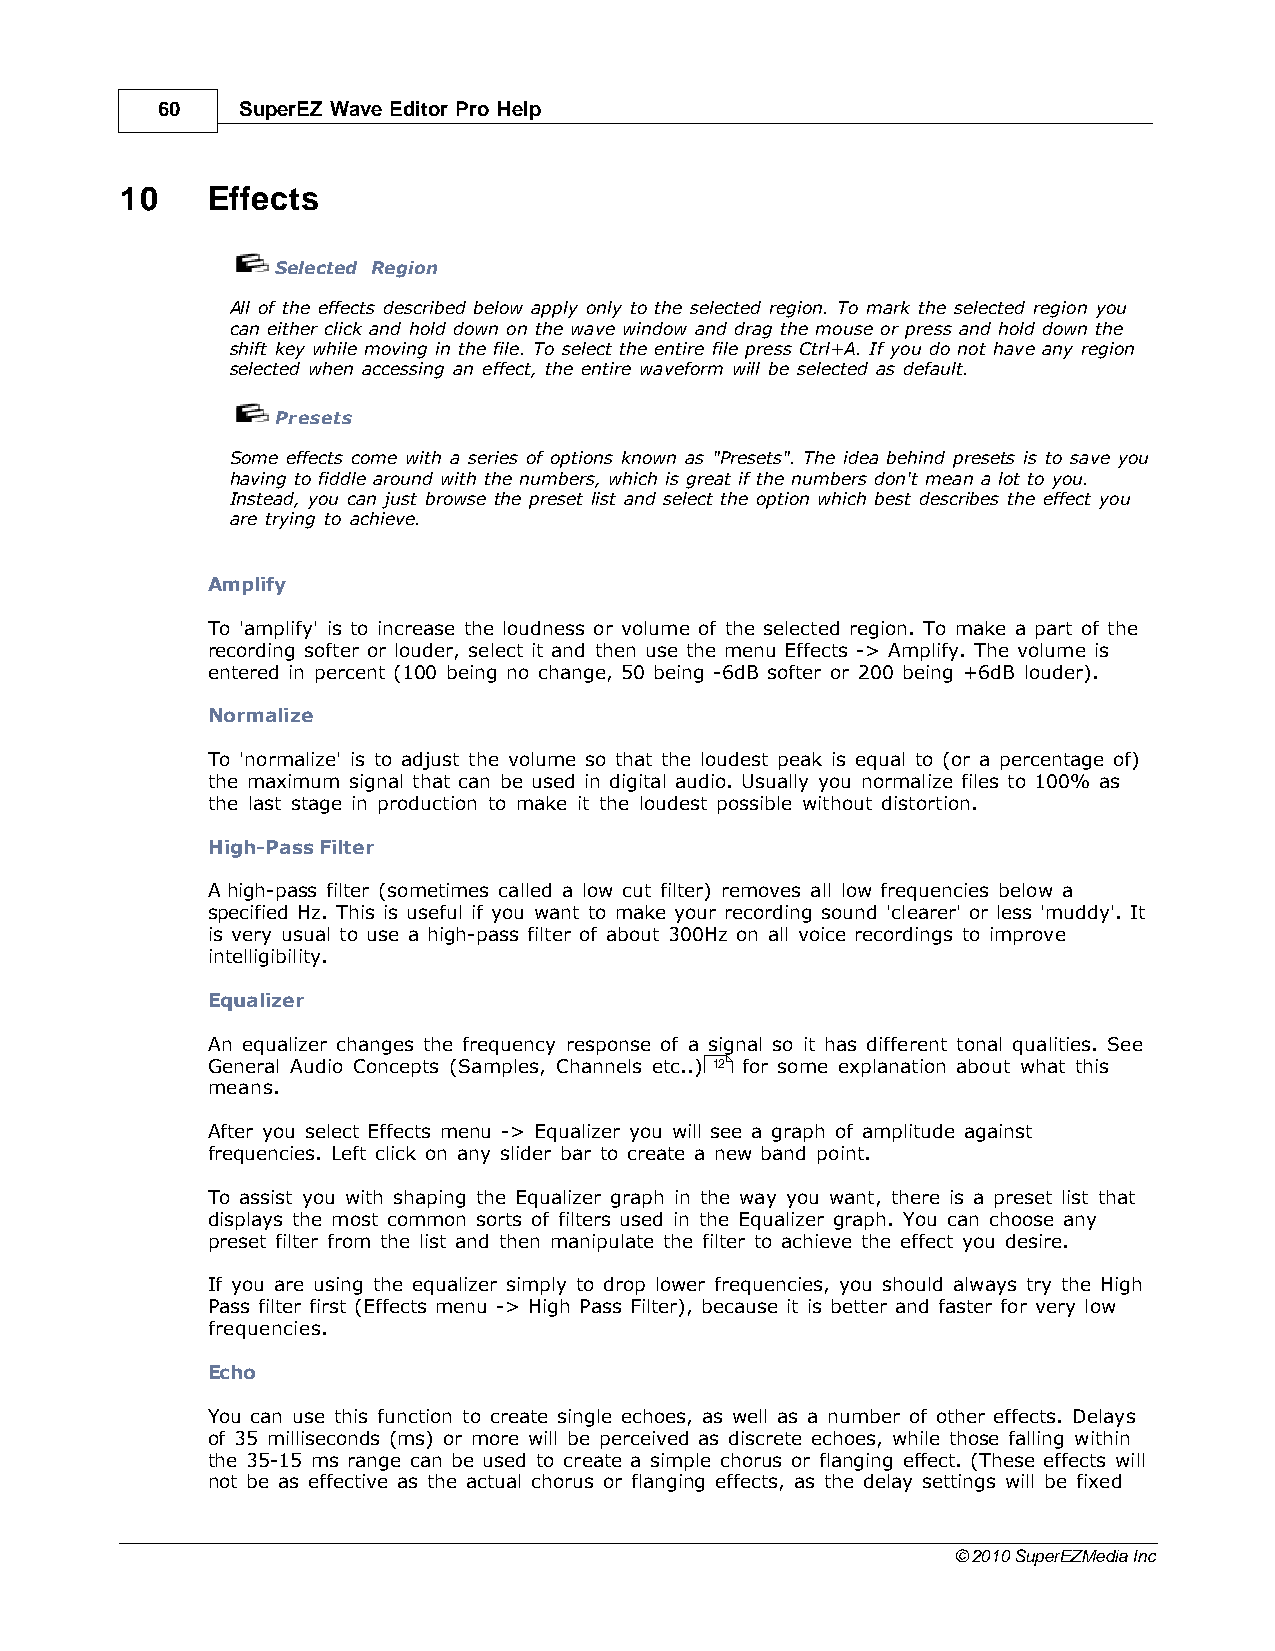
60    SuperEZ Wave Editor Pro Help
 10    Effects
 Selected Region
 All of the effects described below apply only to the selected region. To mark the selected region you
 can either click and hold down on the wave window and drag the mouse or press and hold down the
 shift key while moving in the file. To select the entire file press Ctrl+A. If you do not have any region
 selected when accessing an effect, the entire waveform will be selected as default.
 Presets
 Some effects come with a series of options known as "Presets". The idea behind presets is to save you
 having to fiddle around with the numbers, which is great if the numbers don't mean a lot to you.
 Instead, you can just browse the preset list and select the option which best describes the effect you
 are trying to achieve.
 Amplify
 To 'amplify' is to increase the loudness or volume of the selected region. To make a part of the
 recording softer or louder, select it and then use the menu Effects -> Amplify. The volume is
 entered in percent (100 being no change, 50 being -6dB softer or 200 being +6dB louder).
 Normalize
 To 'normalize' is to adjust the volume so that the loudest peak is equal to (or a percentage of)
 the maximum signal that can be used in digital audio. Usually you normalize files to 100% as
 the last stage in production to make it the loudest possible without distortion.
 High-Pass Filter
 A high-pass filter (sometimes called a low cut filter) removes all low frequencies below a
 specified Hz. This is useful if you want to make your recording sound 'clearer' or less 'muddy'. It
 is very usual to use a high-pass filter of about 300Hz on all voice recordings to improve
 intelligibility.
 Equalizer
 An equalizer changes the frequency response of a signal so it has different tonal qualities. See
 General Audio Concepts (Samples, Channels etc..) 12 for some explanation about what this
 means.
 After you select Effects menu -> Equalizer you will see a graph of amplitude against
 frequencies. Left click on any slider bar to create a new band point.
 To assist you with shaping the Equalizer graph in the way you want, there is a preset list that
 displays the most common sorts of filters used in the Equalizer graph. You can choose any
 preset filter from the list and then manipulate the filter to achieve the effect you desire.
 If you are using the equalizer simply to drop lower frequencies, you should always try the High
 Pass filter first (Effects menu -> High Pass Filter), because it is better and faster for very low
 frequencies.
 Echo
 You can use this function to create single echoes, as well as a number of other effects. Delays
 of 35 milliseconds (ms) or more will be perceived as discrete echoes, while those falling within
 the 35-15 ms range can be used to create a simple chorus or flanging effect. (These effects will
 not be as effective as the actual chorus or flanging effects, as the delay settings will be fixed
 © 2010 SuperEZMedia Inc